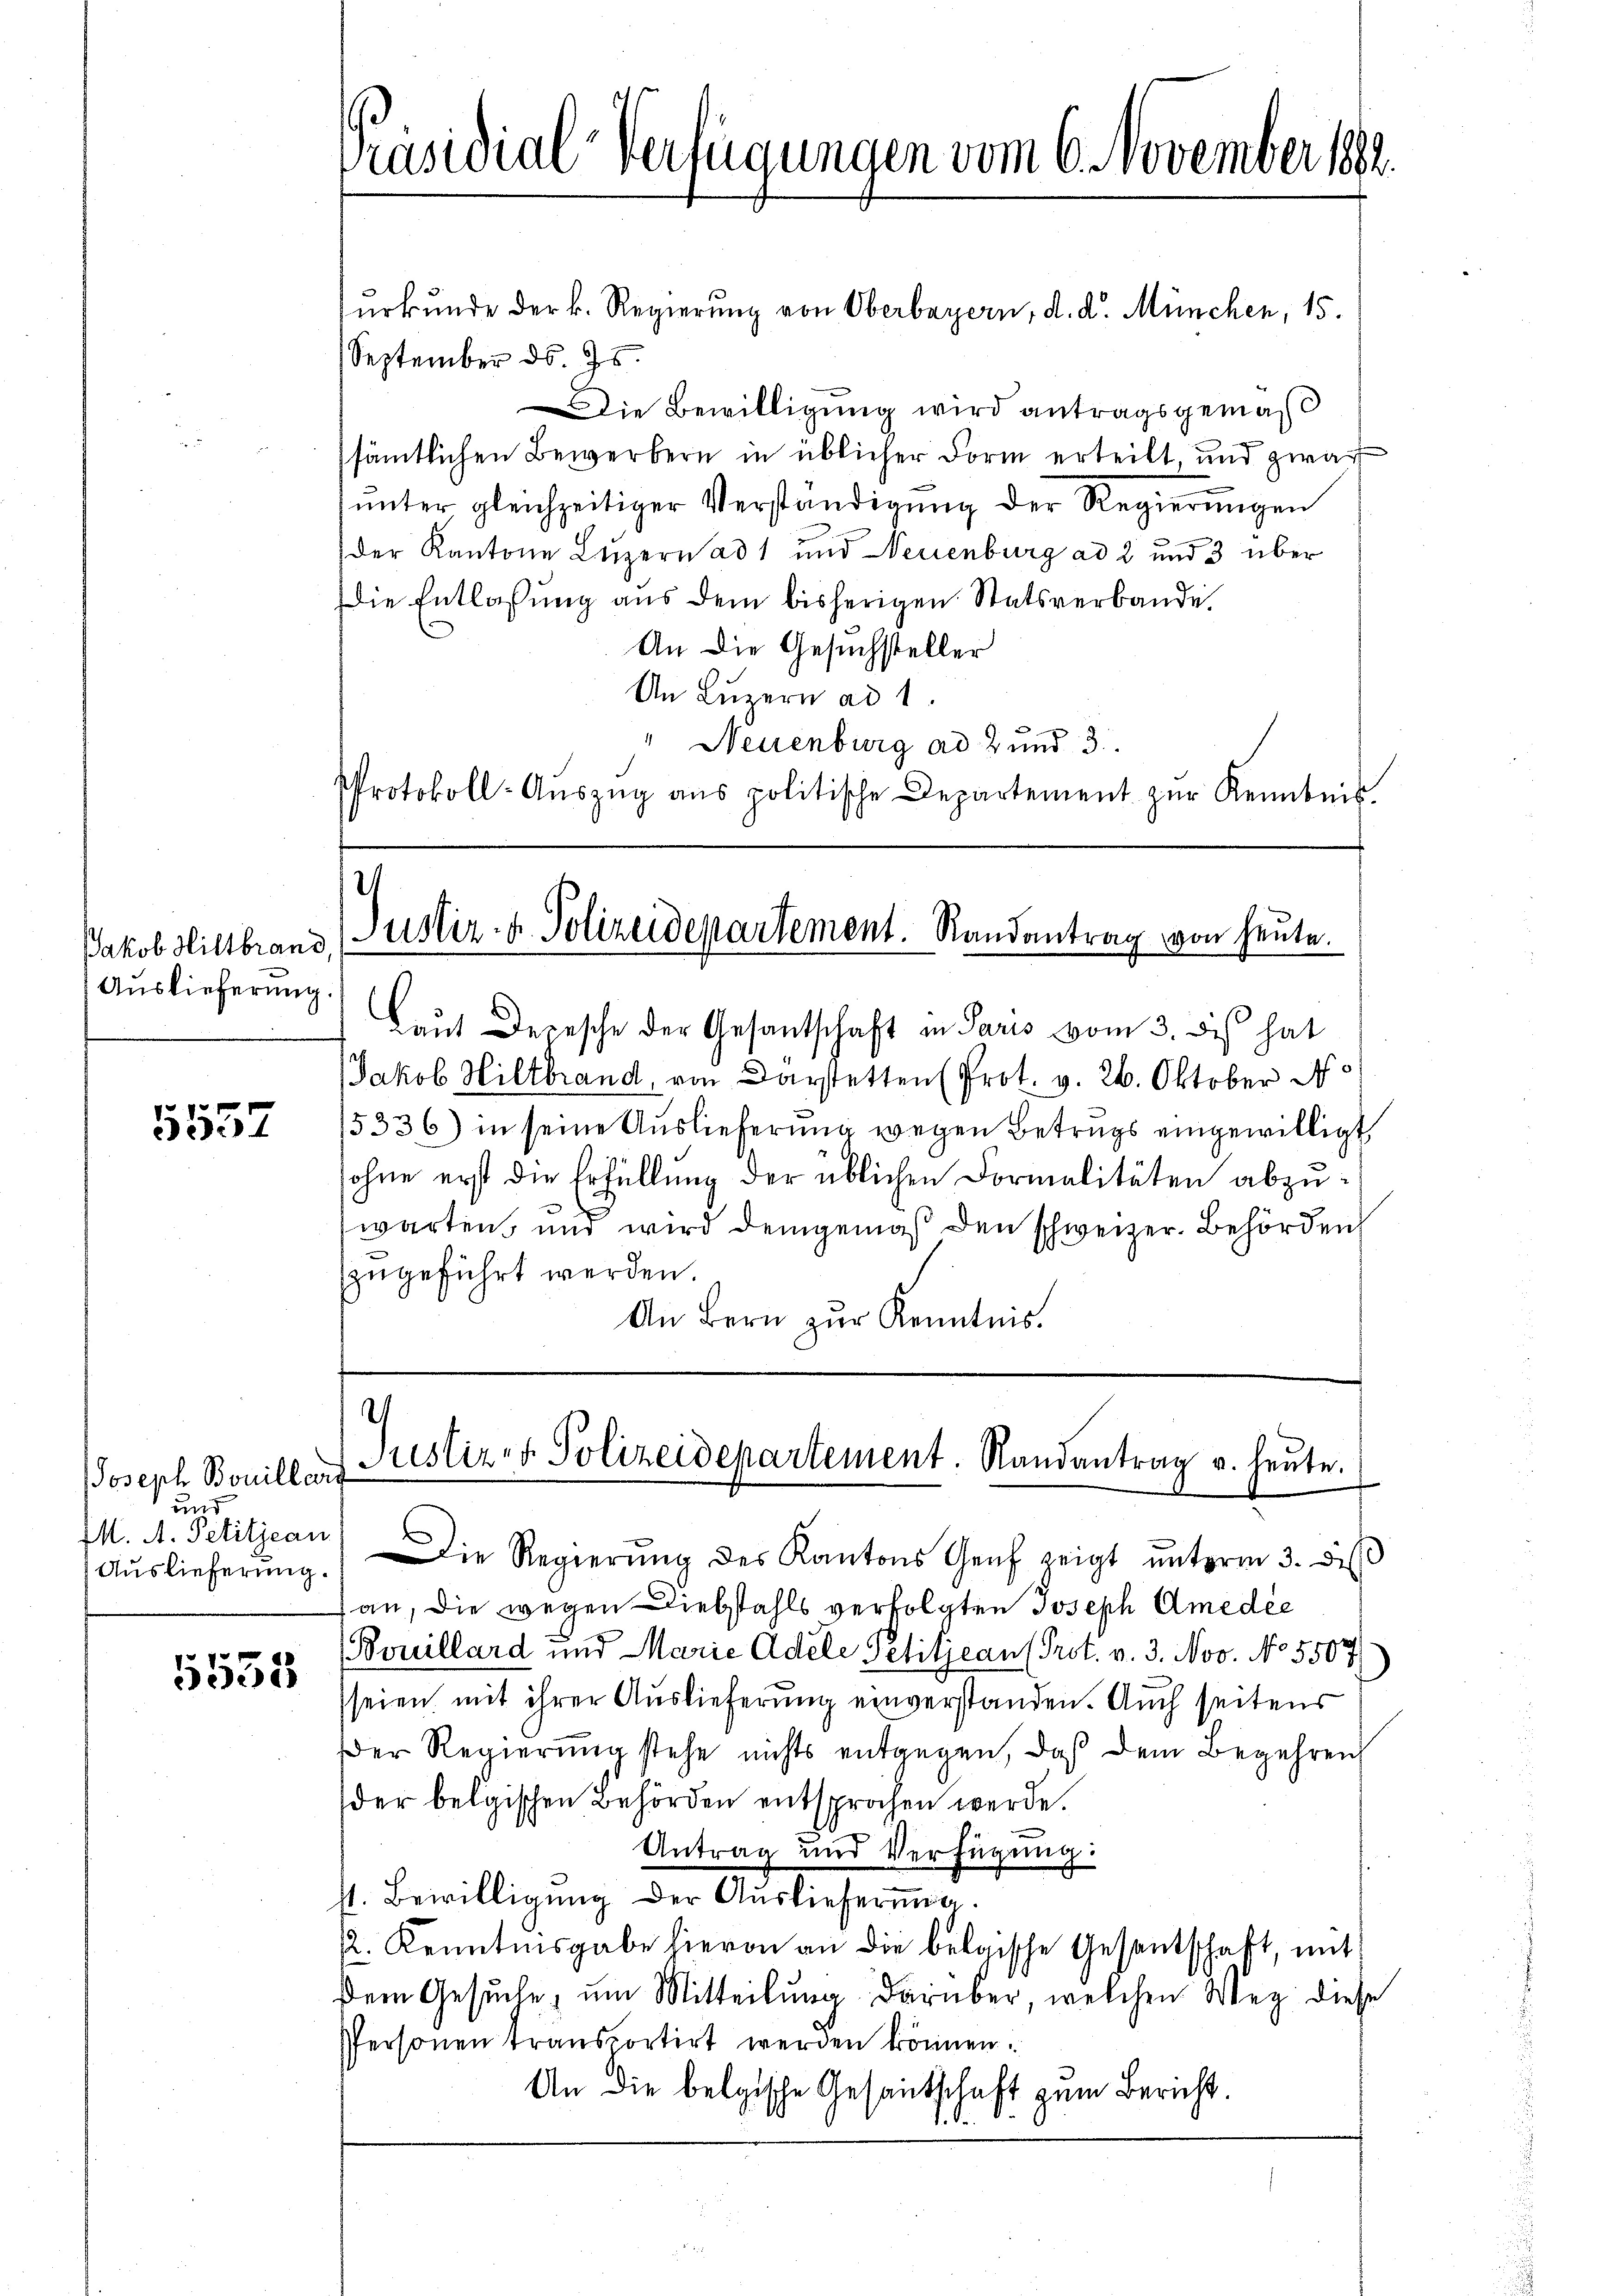
Jakob Hiltbrand
Auslieferung

8
3557

Joseph Bouillerd
und
M. A. Petitjean

5555

urkunde der k. Regierung von Oberbayern, d. d. München, 15.
September d. Js.
Die Bewilligung wird antragsgemäß
sämtlichen Bewerbern in üblicher Form erteilt, und zwar
ŭnter gleichzeitiger Verständigŭng der Regierŭngen

der Kantone Luzern ad 1 und Neuenburg ad 2 und 3 über
Die Entlassung aus dem bisherigen Statsverbande.
An die Gesuchsteller
An Luzern ad 1.
" Neuenburg ad 2 und 3.
Protokoll-Aŭszŭg ans politische Departement zŭr Kenntnis.

Präsidial-Verfügungen vom 6. November 1889.

Laut Depesche der Gesantschaft in Paris vom 3. des hat
Jakob Hiltbrand, von Darstetten (Prot. v. 26. Oktober d
5336) in seine Auslieferung wegen Betrugs eingewilligt,
sohne erst die Erfüllung der üblichen Formalitäten abzuwarten, und wird demgemäß den schweizer. Behörden
zugeführt werden.
An Bern zur Kenntnis.

Justiz- u. Polizeidepartement. Randantrag von heute.

.
Justiz- & Polizeidepartement. Randantrag u. heute.

Aŭslieferŭng. Die Regierŭng des Kantons Genf zeigt ŭnterm 3. diβ
an, die wegen Diebstahls verfolgten Joseph Amedie
(Bouillard und Marie Adele Petitjean Prot. v. 3. Nov. No 5507)
seien, mit ihrer Auslieferung einverstanden. Auch seitens
Der Regierung stehe nichts entgegen, daß dem Begehren
der belgischen Behörden entsprochen werde.
Antrag und Verfügung:
11. Bewilligŭng der Auslieferŭng.
2. Kenntnisgabe hievon an die belgische Gesentschaft, mit
Dem Gesuche, um Mitteilung darüber, welchen Weg diese
Personen transportirt werden können.
An die belgische Gesandtschaft zum Bericht.